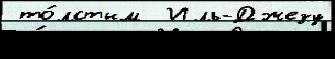
 то́лстым  Иль-Джезу